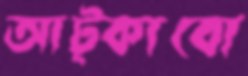
আট্‌কাবো